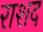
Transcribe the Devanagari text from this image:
राशद